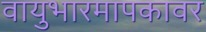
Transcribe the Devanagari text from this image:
वायुभारमापकावर